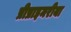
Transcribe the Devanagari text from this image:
प्रीप्राइमरीया